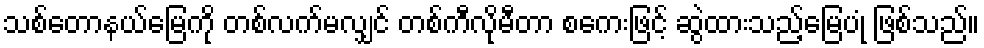
သစ်တောနယ်မြေကို တစ်လက်မလျှင် တစ်ကီလိုမီတာ စကေးဖြင့် ဆွဲထားသည့်မြေပုံ ဖြစ်သည်။